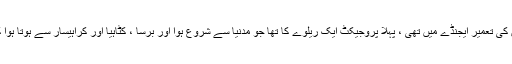
جب لائن کی تعمیر ایجنڈے میں تھی ، پہلا پروجیکٹ ایک ریلوے کا تھا جو مدنیا سے شروع ہوا اور برسا ، کٹاہیا اور کراہیسار سے ہوتا ہوا کونیا گیا۔